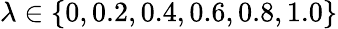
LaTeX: \lambda\in\{ 0,0.2,0.4,0.6,0.8,1.0\}